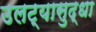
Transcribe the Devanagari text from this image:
उलट्यासुद्धा